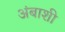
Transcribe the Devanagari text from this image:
अंबाशी